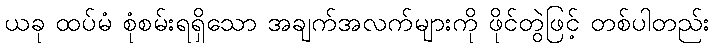
ယခု ထပ်မံ စုံစမ်းရရှိသော အချက်အလက်များကို ဖိုင်တွဲဖြင့် တစ်ပါတည်း